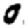
Digit: 0